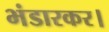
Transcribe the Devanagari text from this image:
भंडारकर।